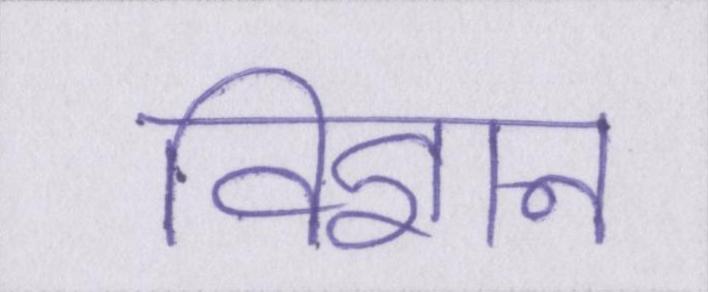
विज्ञान